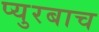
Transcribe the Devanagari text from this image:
प्युरबाच